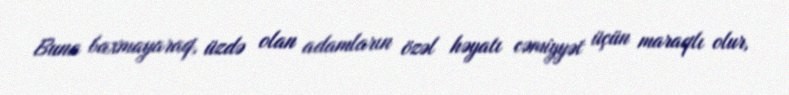
Buna baxmayaraq, üzdə olan adamların özəl həyatı cəmiyyət üçün maraqlı olur,